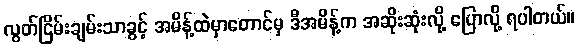
လွတ်ငြိမ်းချမ်းသာခွင့် အမိန့်ထဲမှာတောင်မှ ဒီအမိန့်က အဆိုးဆုံးလို့ ပြောလို့ ရပါတယ်။